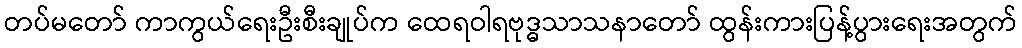
တပ်မတော် ကာကွယ်ရေးဦးစီးချုပ်က ထေရဝါရဗုဒ္ဓသာသနာတော် ထွန်းကားပြန့်ပွားရေးအတွက်